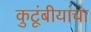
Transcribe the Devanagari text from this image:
कुटूंबीयांचा